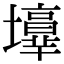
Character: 𡓑